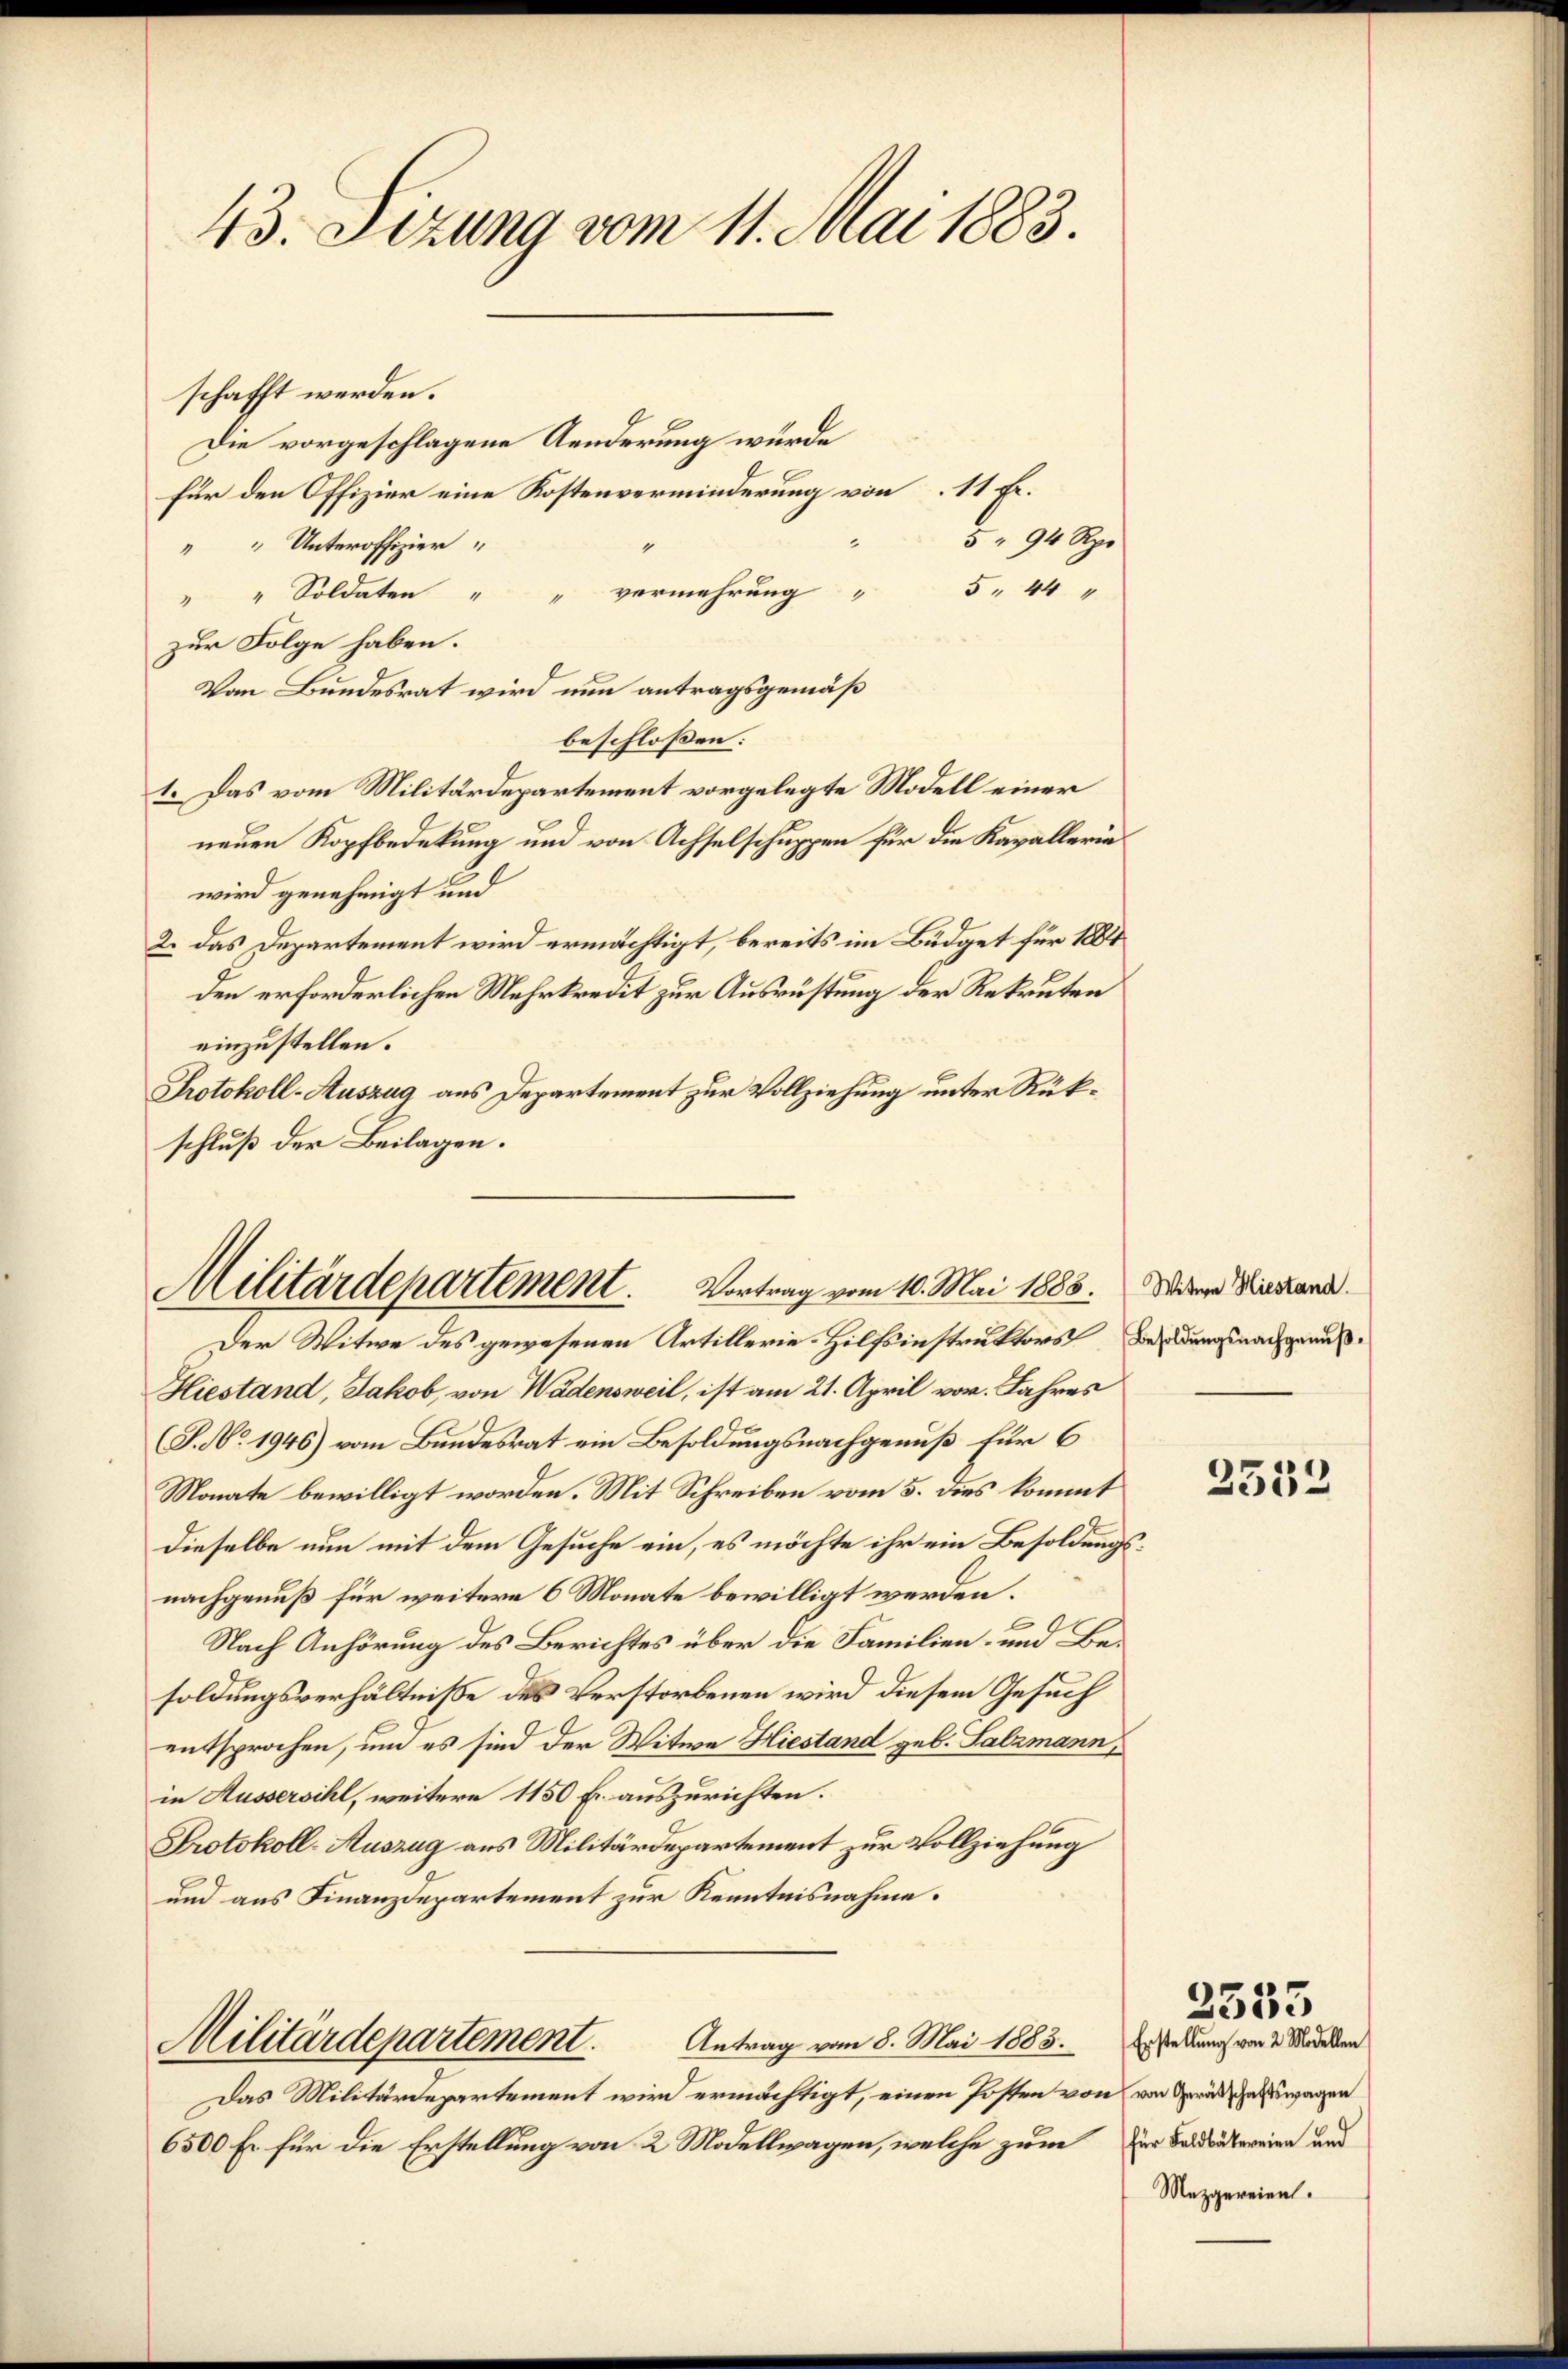
43. Sizung vom 11. Mai 1883.

schafft werden.
Die vorgeschlagene Aenderung würde
für den Offizier eine Kostenverminderung von 11 Fr.
5 " 94 Rp.
" Unteroffizier
5 44
vermehrung
" " Soldaten "
zur Folge haben.
Von Bundesrat wird nun antragsgemäß
beschlossen:
1. Das vom Militärdepartement vorgelegte Modell einer
neuen Kopfbedekung und von Achselschuppen für die Kavallerin
wird genehmigt und
2. Das Departement wird ermächtigt, bereits im Büdget für 1884
den erforderlichen Mehrkredit zur Ausrüstung der Rekruten
einzustellen.
Protokoll-Auszug aus Departement zur Vollziehung unter Rükschluß der Beilagen.

Militärdepartement. Vortrag vom 10. Mai 1888.
Der Witwe des gewesenen Artillerie-Hilfsinstruktors

Hiestand, Jakob, von Wädensweil, ist am 21. April vor. Jahres
(S. No. 1946) vom Bundesrat ein Besoldungsnachgenuß für 6
Monate bewilligt worden. Mit Schreiben vom 5. dies kommt
dieselbe nun mit dem Gesuche ein, es möchte ihr ein Besoldung
nachgenuß für weitere 6 Monate bewilligt werden.
Nach Anhörung des Berichtes über die Familien- und Basoldungsverhältniße des Verstorbenen wird diesem Gesuch
entsprochen, um es sind der Witwe Hiestand geb. Salzmann,
in Aussersihl, weitere 1150 Fr. auszurichten.
Protokoll-Auszug aus Militärdepartement zur Vollziehung
und aus Finanzdepartement zur Kenntnisnahme.
Antrag vom 8. Mai 1883.
Militärdepartement.
Das Militärdepartement wird ermächtigt, einen Posten von von Gerätschaftswagen
6500 Er für die Erstellung von 2 Modellwagen, welche zum

Witwe Hiestand.
Besoldungsnachgenuß.

3532

Erstellung von 2 Modellen
für Feldbäkereien und
Mezgereien.

2555